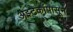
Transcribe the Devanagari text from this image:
अझ्टेकांपासून